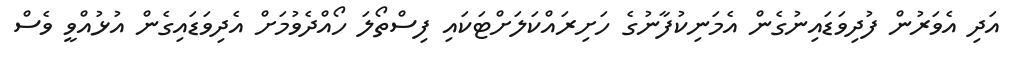
އަދި އެވަރުން ފުދިވަޑައިނުގެން އެމަނިކުފާނުގެ ހަށިރައްކަލަށްޓަކައި ފިސްތޯލަ ހޯއްދެވުމަށް އެދިވަޑައިގެން އުޅުއްވީ ވެސް